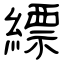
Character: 縹